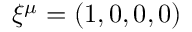
\xi ^ { \mu } = ( 1 , 0 , 0 , 0 )